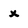
Character: x